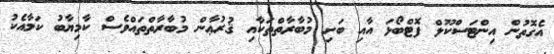
އެގޮތުން އިންޓަސްކޫލް ފޮޓްބޯޅަ އާއި ބަށި މުބާރާތްތަކާއި ޤުރުޢާން މުބާރާތްތައްވެސް ކާމިޔާބު ކަމާއެކު